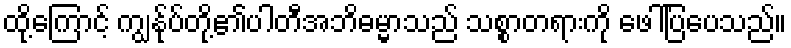
ထို့ကြောင့် ကျွနု်ပ်တို့၏ပါတီအဘိဓမ္မာသည် သစ္စာတရားကို ဖေါ်ပြပေသည်။